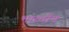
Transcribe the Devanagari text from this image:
भारर्तीय